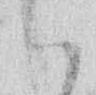
ハ